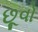
છૂવો